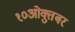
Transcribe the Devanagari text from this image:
१०ओक्तुबर